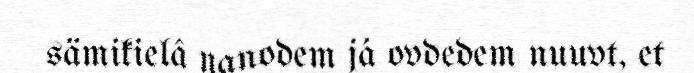
sämikielâ nanodem já ovdedem nuuvt, et